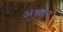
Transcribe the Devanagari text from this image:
अश्राप